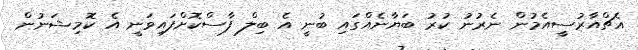
އެޗްއާރުސީއެމުން ނެރުނު ކުރު ބަޔާނެއްގައި ބުނީ އެ ބިލް ފާސްކޮށްފައިވަނީ އެ ކޮމިޝަނުން